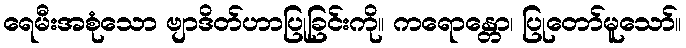
ရေမီးအစုံသော ဗျာဒိတ်ဟာပြုခြင်းကို။ ကရောန္တော၊ ပြုတော်မူသော်။